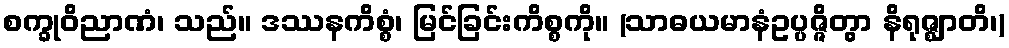
စက္ခုဝိညာဏံ၊ သည်။ ဒဿနကိစ္စံ၊ မြင်ခြင်းကိစ္စကို။ (သာဓယမာနံဥပ္ပဇ္ဇိတွာ နိရုဇ္ဈာတိ၊)